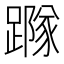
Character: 𨅷